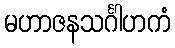
မဟာဇနသင်္ဂါဟကံ